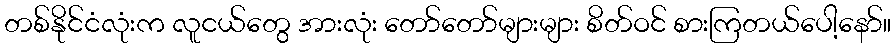
တစ်နိုင်ငံလုံးက လူငယ်တွေ အားလုံး တော်တော်များများ စိတ်ဝင် စားကြတယ်ပေါ့နော်။